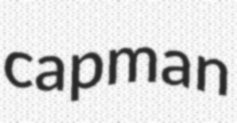
capman